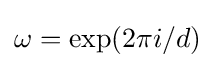
\omega =\exp(2\pi i/d)